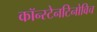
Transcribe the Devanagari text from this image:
कॉन्स्टेनटिनोविच